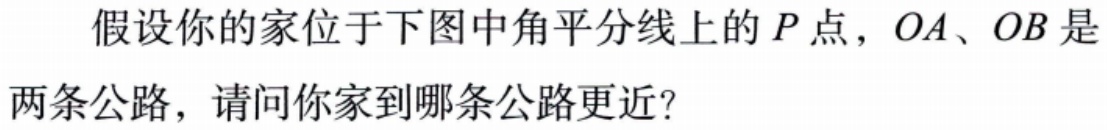
假设你的家位于下图中角平分线上的\(P\)点，\(OA\)、\(OB\)是两条公路，请问你家到哪条公路更近？